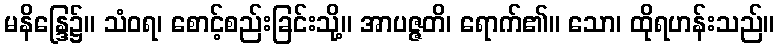
မနိန္ဒြေ၌။ သံဝရ၊ စောင့်စည်းခြင်းသို့။ အာပဇ္ဇတိ၊ ရောက်၏။ သော၊ ထိုရဟန်းသည်။